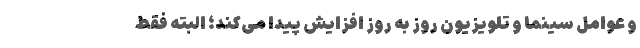
و عوامل سینما و تلویزیون روز به روز افزایش پیدا می‌کند؛ البته فقط